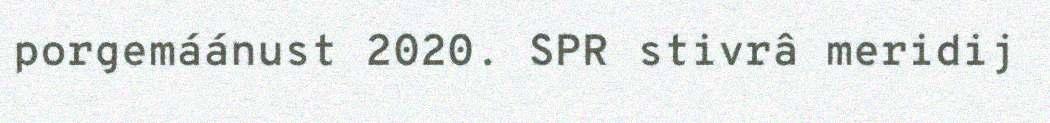
porgemáánust 2020. SPR stivrâ meridij